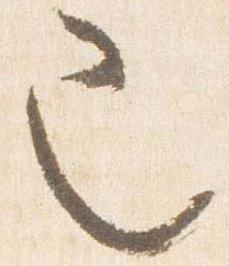
也